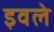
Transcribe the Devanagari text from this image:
इवले